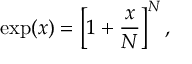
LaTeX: \exp ( x ) = \left[ 1 + { \frac { x } { N } } \right] ^ { N } ,